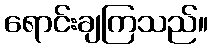
ရောင်းချကြသည်။